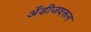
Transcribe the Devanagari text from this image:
अँडीजवरून